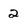
Character: 2